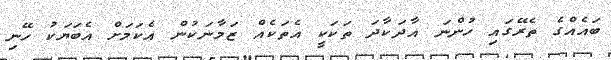
ބައެއްގެ ތެރޭގައި ހުންނަ އާދަކާދަ ތަކަކީ އެތަކެއް ޒަމާނަކުން އެކަމަށް އެބަޔަކު ހޭނި